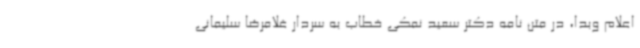
اعلام وبدا، در متن نامه دکتر سعید نمکی خطاب به سردار غلامرضا سلیمانی